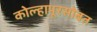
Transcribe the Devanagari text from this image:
कोल्हापूरसोबत